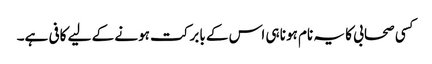
کسی صحابی کا یہ نام ہونا ہی اس کے بابرکت ہونے کے لیے کافی ہے۔